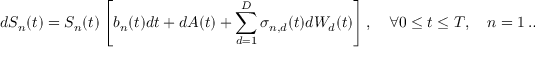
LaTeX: d S _ { n } ( t ) = S _ { n } ( t ) \left[ b _ { n } ( t ) d t + d A ( t ) + \sum _ { d = 1 } ^ { D } \sigma _ { n , d } ( t ) d W _ { d } ( t ) \right] , \quad \forall 0 \leq t \leq T , \quad n = 1 \ldots N .